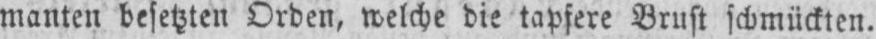
manten besetzten Orden, welche die tapfere Brust schmückten.